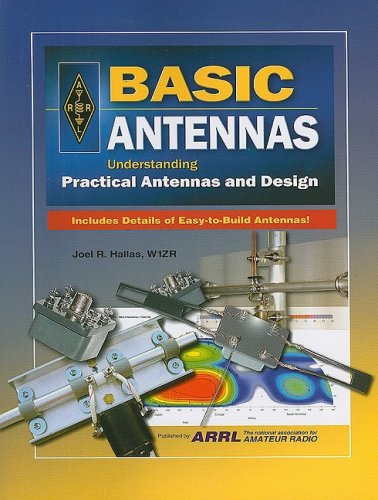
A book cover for Basic Antennas; ARRL Inc.; Crafts, Hobbies & Home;